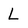
Character: L